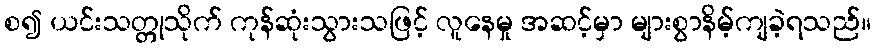
စ၍ ယင်းသတ္တုသိုက် ကုန်ဆုံးသွားသဖြင့် လူနေမှု အဆင့်မှာ များစွာနိမ့်ကျခဲ့ရသည်။